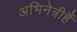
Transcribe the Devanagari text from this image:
अभिनेत्रीहैं